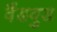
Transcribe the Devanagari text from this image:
वैंडवुड